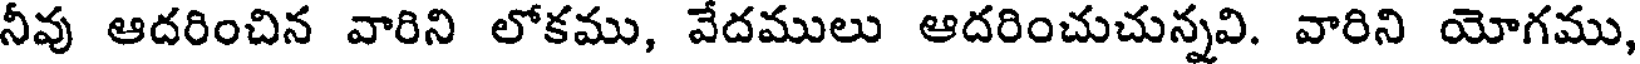
నీవు ఆదరించిన వారిని లోకము, వేదములు ఆదరించుచున్నవి. వారిని యోగము,